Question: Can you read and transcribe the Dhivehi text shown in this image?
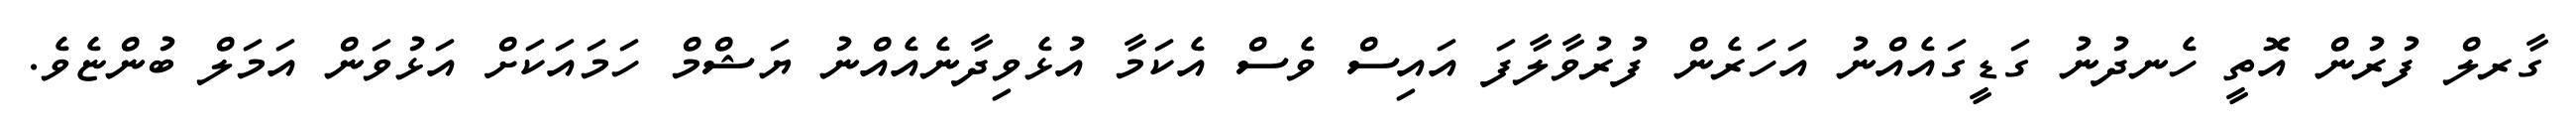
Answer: ގާރލް ފުރުން އޮތީ ހެނދުނު ގަޑީގައެއްނު އަހަރެން ފުރުވާލާފަ އައިސް ވެސް އެކަމާ އުޅެވިދާނެއެއްނު ޔަޝްމް ހަމައަކަށް އަޅުވަން އަމަލް ބުންޏެވެ.